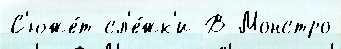
С'юже́т сл'е́жк'и В Монстро